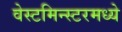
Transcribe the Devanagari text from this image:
वेस्टमिन्स्टरमध्ये